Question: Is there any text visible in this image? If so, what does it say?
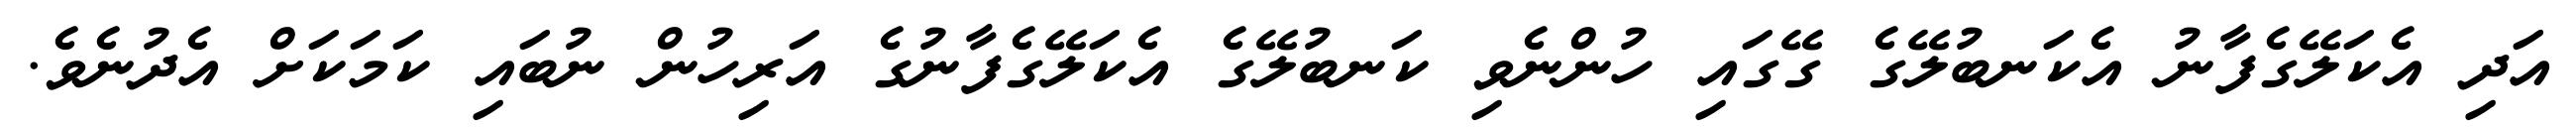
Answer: އަދި އެކަލޭގެފާނު އެކަނބުލޭގެ ގޭގައި ހުންނެވި ކަނބުލޭގެ އެކަލޭގެފާނުގެ އަރިހުން ނުބައި ކަމަކަށް އެދުނެވެ.